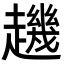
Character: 䟇